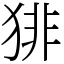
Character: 猅